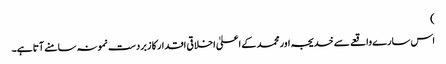
)
اس سارے واقعے سے خدیجہ اور محمد کے اعلیٰ اخلاقی اقدار کا زبردست نمونہ سامنے آتا ہے۔